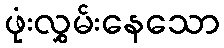
ဖုံးလွှမ်းနေသော